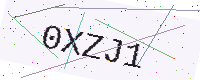
Text: 0XZJ1